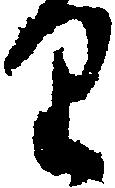
り